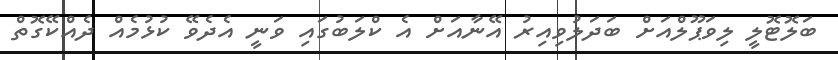
ބަލޮޓޮލީ ލިވަޕޫލްއަށް ބަދަލުވިއިރު އޭނާއަށް އެ ކްލަބުގައި ވަނީ އެދެވޭ ކުޅުމެއް ދެއްކޭގޮތް